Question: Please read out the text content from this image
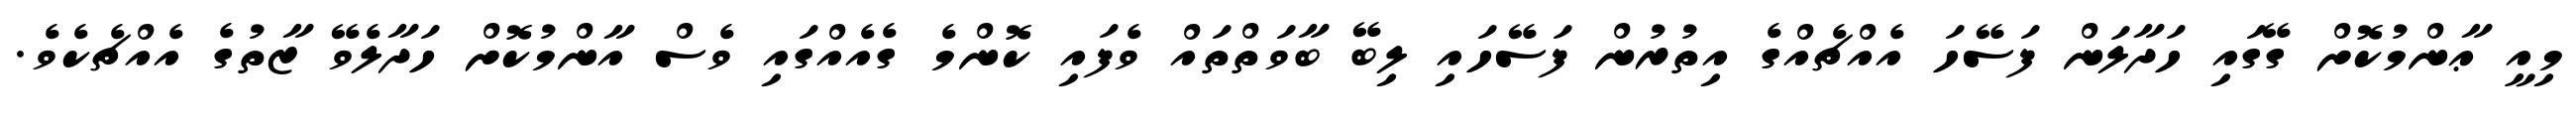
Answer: މިއީ ޢާންމުކޮށް ގޭގައި ހަދާލަން ފަސޭހަ އެއްޗެއްގެ އިތުރުން ފަސޭހައި ލިބޭ ބާވަތްތައް ވެފައި ކޮންމެ ގެއެއްގައި ވެސް އާންމުކޮށް ހަދާލެވޭ ޒާތުގެ އެއްޗެކެވެ.